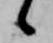
候